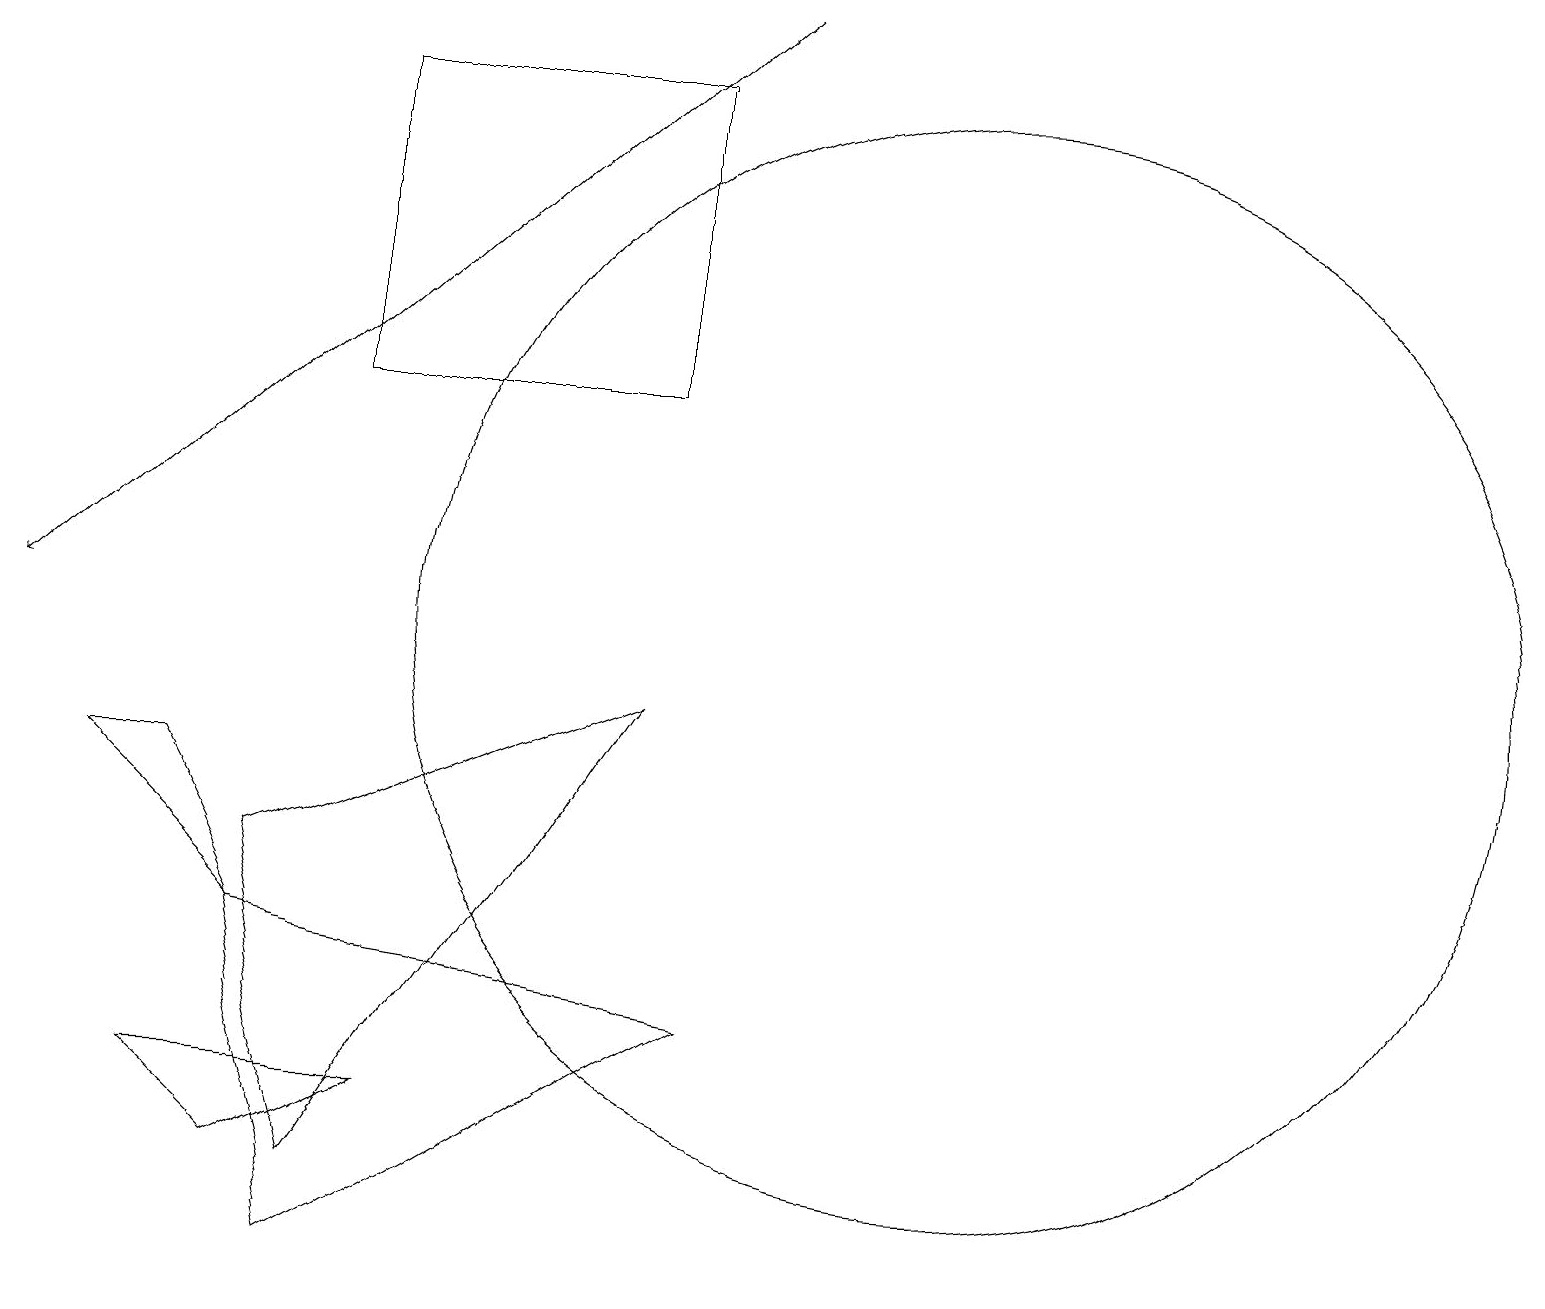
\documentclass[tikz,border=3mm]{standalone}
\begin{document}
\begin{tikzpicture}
\draw (3,6) -- (4,2) -- (9,5) -- cycle;
\draw (12,10) circle (7);
\draw[->] (9,18) -- (0,10);
\draw (5,4) -- (2,4) -- (3,3) -- cycle;
\draw (3,6) -- (2,8) -- (1,8) -- cycle;
\draw (8,17) rectangle (4,13);
\draw (4,3) -- (3,7) -- (8,9) -- cycle;
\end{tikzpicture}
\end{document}